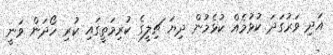
އަދި ވަރުގަދަ ކުޅުމެއް ކުޅެމުން ދިޔަ ޗިލީގެ ކުރިމަތީގައި ކުރި ހޯދަން ވަނީ